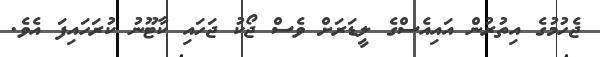
ޖެހުމުގެ އިތުރުން އައިއެސްގެ ލީޑަރަށް ވެސް ޖޯކު ޖަހައި ކާޓޫނު ކުރަހައިފަ އެވެ.